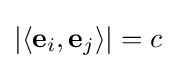
|\langle \mathbf {e} _{i},\mathbf {e} _{j}\rangle |=c